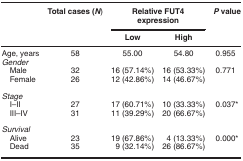
<table><thead><tr><td><b> </b></td><td><b>Total cases (<i>N</i>)</b></td><td colspan="2"><b>Relative FUT4 expression</b></td><td><b><i>P</i>value</b></td></tr><tr><td><b> </b></td><td><b> </b></td><td><b>Low</b></td><td><b>High</b></td><td><b> </b></td></tr></thead><tbody><tr><td>Age, years</td><td>58</td><td>55.00</td><td>54.80</td><td>0.955</td></tr><tr><td colspan="5"><i>Gender</i></td></tr><tr><td> Male</td><td>32</td><td>16 (57.14%)</td><td>16 (53.33%)</td><td>0.771</td></tr><tr><td> Female</td><td>26</td><td>12 (42.86%)</td><td>14 (46.67%)</td><td> </td></tr><tr><td> </td><td> </td><td> </td><td> </td><td> </td></tr><tr><td colspan="5"><i>Stage</i></td></tr><tr><td> I–II</td><td>27</td><td>17 (60.71%)</td><td>10 (33.33%)</td><td>0.037*</td></tr><tr><td> III–IV</td><td>31</td><td>11 (39.29%)</td><td>20 (66.67%)</td><td> </td></tr><tr><td> </td><td> </td><td> </td><td> </td><td> </td></tr><tr><td colspan="5"><i>Survival</i></td></tr><tr><td> Alive</td><td>23</td><td>19 (67.86%)</td><td>4 (13.33%)</td><td>0.000*</td></tr><tr><td> Dead</td><td>35</td><td>9 (32.14%)</td><td>26 (86.67%)</td><td> </td></tr></tbody></table>